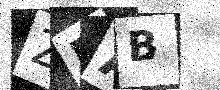
Text: ZDAB